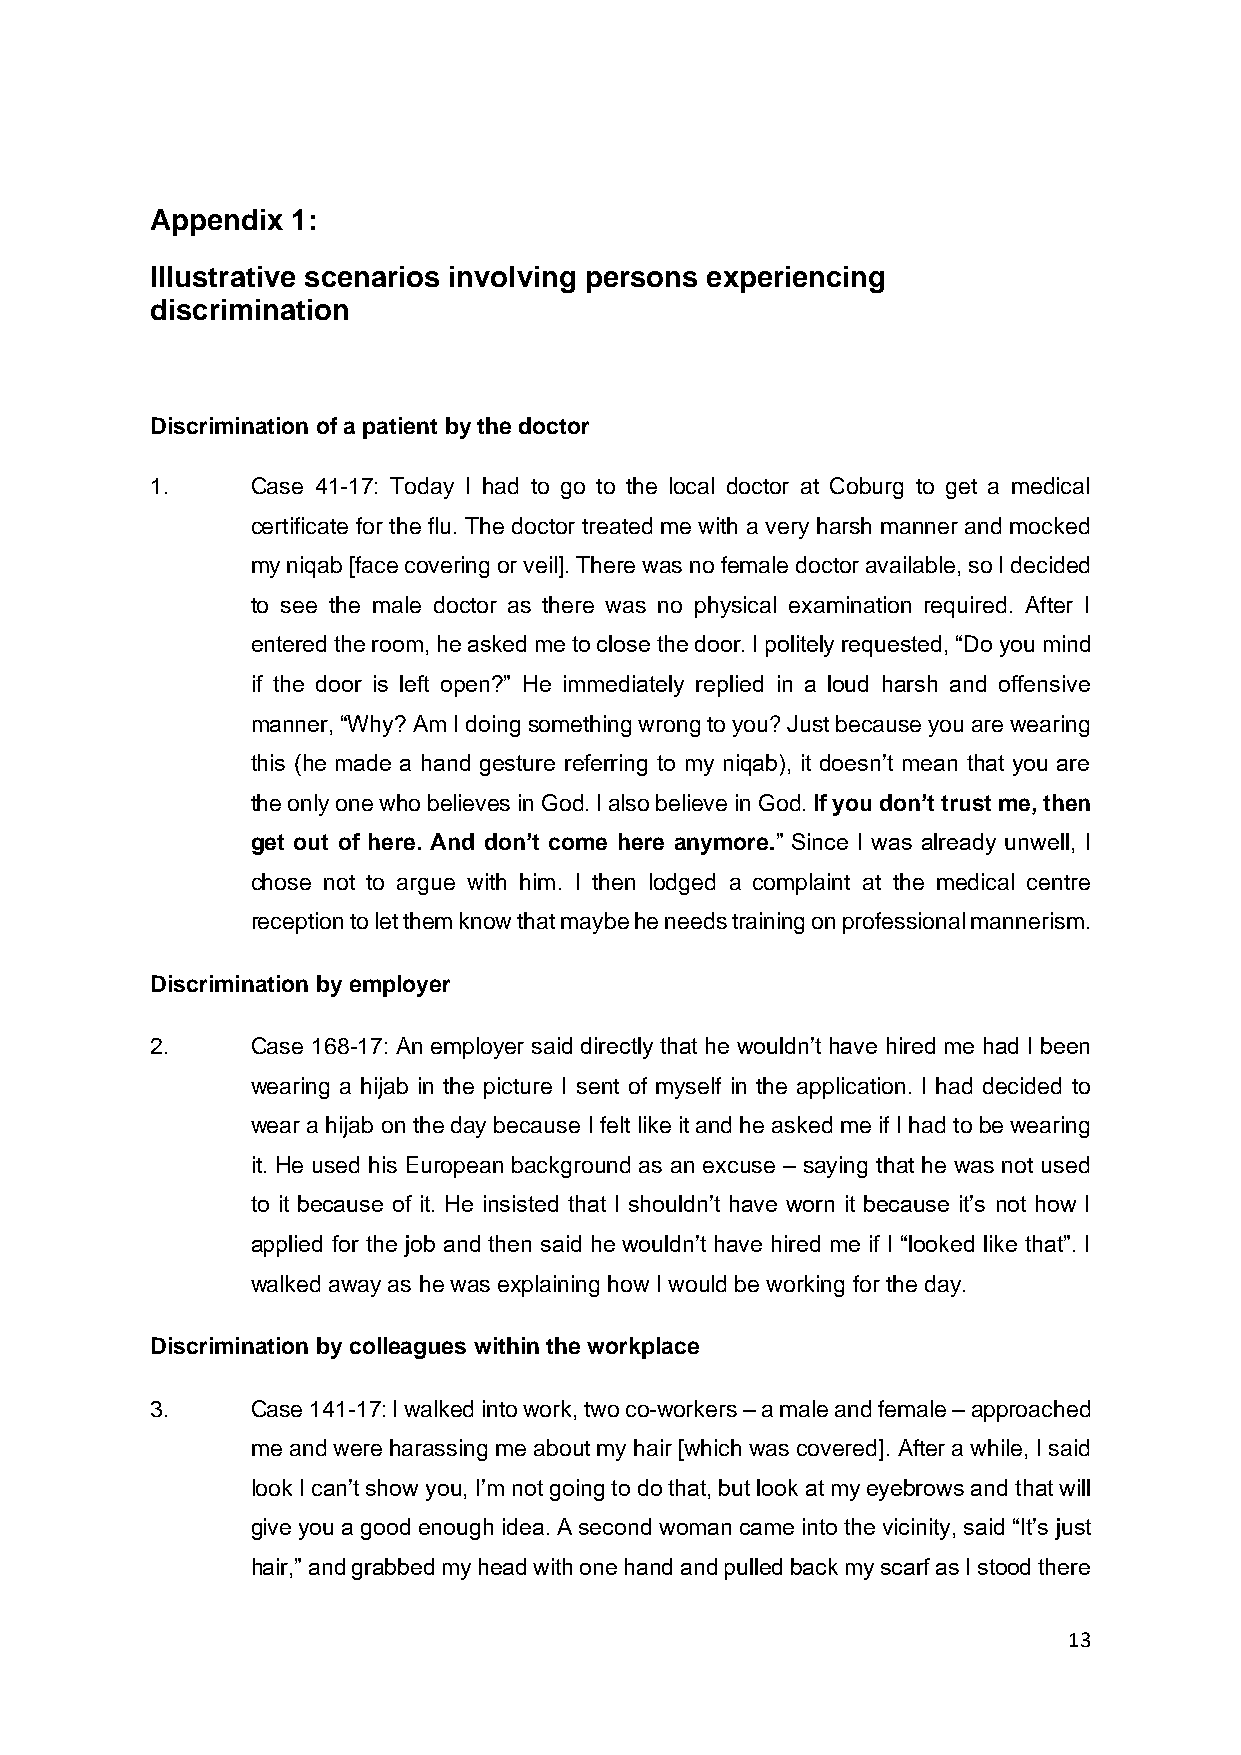
Appendix 1:
 Illustrative scenarios involving persons experiencing
 discrimination
 Discrimination of a patient by the doctor
 1.     Case 41-17: Today I had to go to the local doctor at Coburg to get a medical
 certificate for the flu. The doctor treated me with a very harsh manner and mocked
 my niqab [face covering or veil]. There was no female doctor available, so I decided
 to see the male doctor as there was no physical examination required. After I
 entered the room, he asked me to close the door. I politely requested, “Do you mind
 if the door is left open?” He immediately replied in a loud harsh and offensive
 manner, “Why? Am I doing something wrong to you? Just because you are wearing
 this (he made a hand gesture referring to my niqab), it doesn’t mean that you are
 the only one who believes in God. I also believe in God. If you don’t trust me, then
 get out of here. And don’t come here anymore.” Since I was already unwell, I
 chose not to argue with him. I then lodged a complaint at the medical centre
 reception to let them know that maybe he needs training on professional mannerism.
 Discrimination by employer
 2.     Case 168-17: An employer said directly that he wouldn’t have hired me had I been
 wearing a hijab in the picture I sent of myself in the application. I had decided to
 wear a hijab on the day because I felt like it and he asked me if I had to be wearing
 it. He used his European background as an excuse – saying that he was not used
 to it because of it. He insisted that I shouldn’t have worn it because it’s not how I
 applied for the job and then said he wouldn’t have hired me if I “looked like that”. I
 walked away as he was explaining how I would be working for the day.
 Discrimination by colleagues within the workplace
 3.     Case 141-17: I walked into work, two co-workers – a male and female – approached
 me and were harassing me about my hair [which was covered]. After a while, I said
 look I can’t show you, I’m not going to do that, but look at my eyebrows and that will
 give you a good enough idea. A second woman came into the vicinity, said “It’s just
 hair,” and grabbed my head with one hand and pulled back my scarf as I stood there
 13